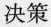
决策